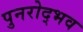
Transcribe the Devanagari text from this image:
पुनरोद्भव